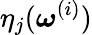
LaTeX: \eta_{j}(\boldsymbol{\omega}^{(i)})